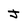
Character: J